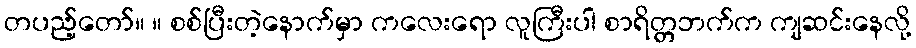
တပည့်တော်။ ။ စစ်ပြီးတဲ့နောက်မှာ ကလေးရော လူကြီးပါ စာရိတ္တဘက်က ကျဆင်းနေလို့